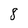
Character: 8